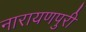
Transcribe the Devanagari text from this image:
नारायणपुरी